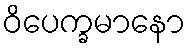
ဝိပေက္ခမာနော